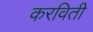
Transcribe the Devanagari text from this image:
करविती